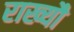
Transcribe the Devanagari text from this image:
राख्यौ